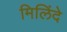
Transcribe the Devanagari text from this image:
मिलिंदे